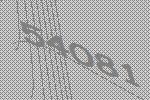
54081